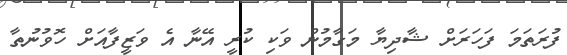
ފުރަތަމަ ފަހަރަށް ޝާދިޔާ މަގާމުން ވަކި ކުރީ އޭނާ އެ ވަޒީފާއަށް ހޮވުނުތާ